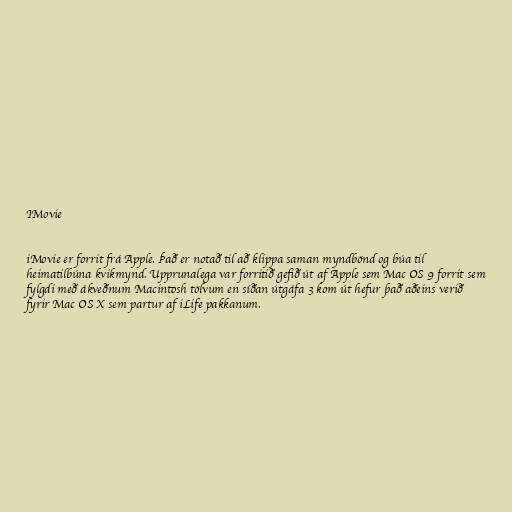
IMovie

iMovie er forrit frá Apple. Það er notað til að klippa saman myndbönd og búa til
heimatilbúna kvikmynd. Upprunalega var forritið gefið út af Apple sem Mac OS 9 forrit sem
fylgdi með ákveðnum Macintosh tölvum en síðan útgáfa 3 kom út hefur það aðeins verið
fyrir Mac OS X sem partur af iLife pakkanum.